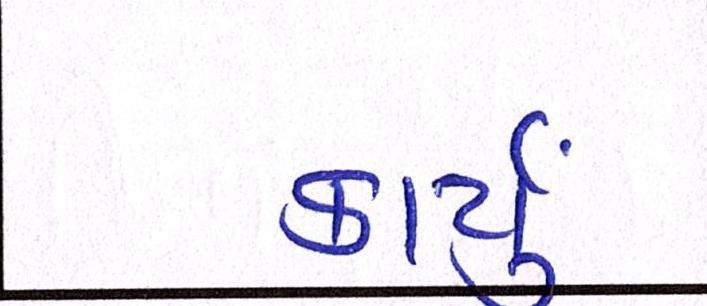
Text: કાર્યું